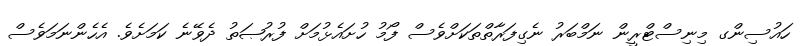
ހައުސިންގ މިނިސްޓްރީން ނަމްބަރު ނެގިފަރާތްތަކަށްވެސް ފޯމު ހުށައެޅުމަށް ފުރުޞަތު ދެވޭނެ ކަމަށެވެ. އެހެންނަމަވެސް